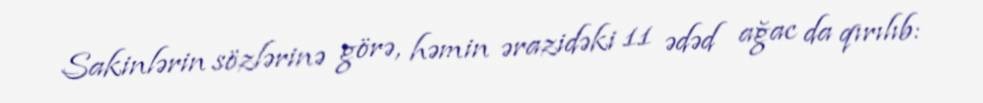
Sakinlərin sözlərinə görə, həmin ərazidəki 11 ədəd ağac da qırılıb: